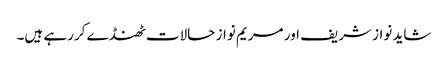
شاید نواز شریف اور مریم نواز حالات ٹھنڈے کررہے ہیں۔